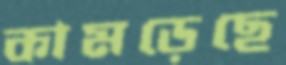
কামড়েছে